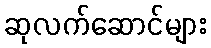
ဆုလက်ဆောင်များ